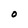
Character: O